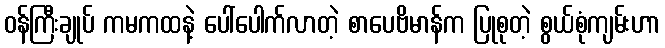
ဝန်ကြီးချုပ် ကမကထနဲ့ ပေါ်ပေါက်လာတဲ့ စာပေဗိမာန်က ပြုစုတဲ့ စွယ်စုံကျမ်းဟာ